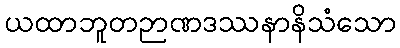
ယထာဘူတဉာဏဒဿနာနိသံသော